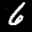
Label: 6